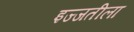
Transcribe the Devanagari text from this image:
इज्जतीला